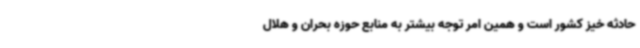
حادثه خیز کشور است و همین امر توجه بیشتر به منابع حوزه بحران و هلال